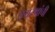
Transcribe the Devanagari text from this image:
त्रयस्थांची